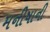
મનીષાની